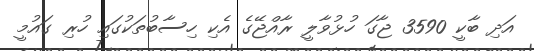
އަދި ބާކީ 3590 ޖާގަ ހުޅުވާލީ ރާއްޖޭގެ އެކި ހިސާބުތަކުގައި ހުރި ގައުމީ